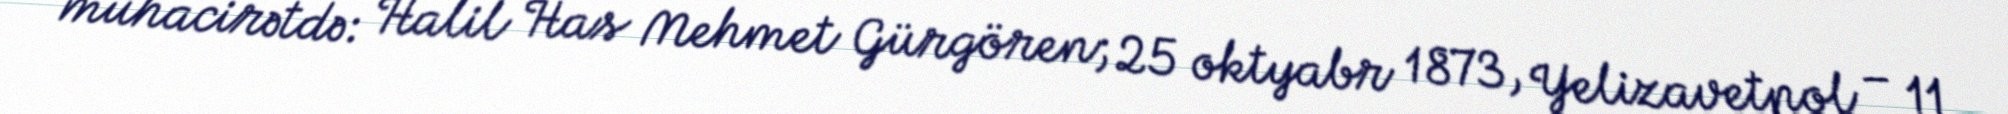
mühacirətdə: Halil Has Mehmet Gürgören; 25 oktyabr 1873, Yelizavetpol – 11